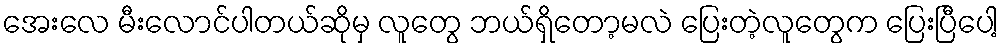
အေးလေ မီးလောင်ပါတယ်ဆိုမှ လူတွေ ဘယ်ရှိတော့မလဲ ပြေးတဲ့လူတွေက ပြေးပြီပေါ့